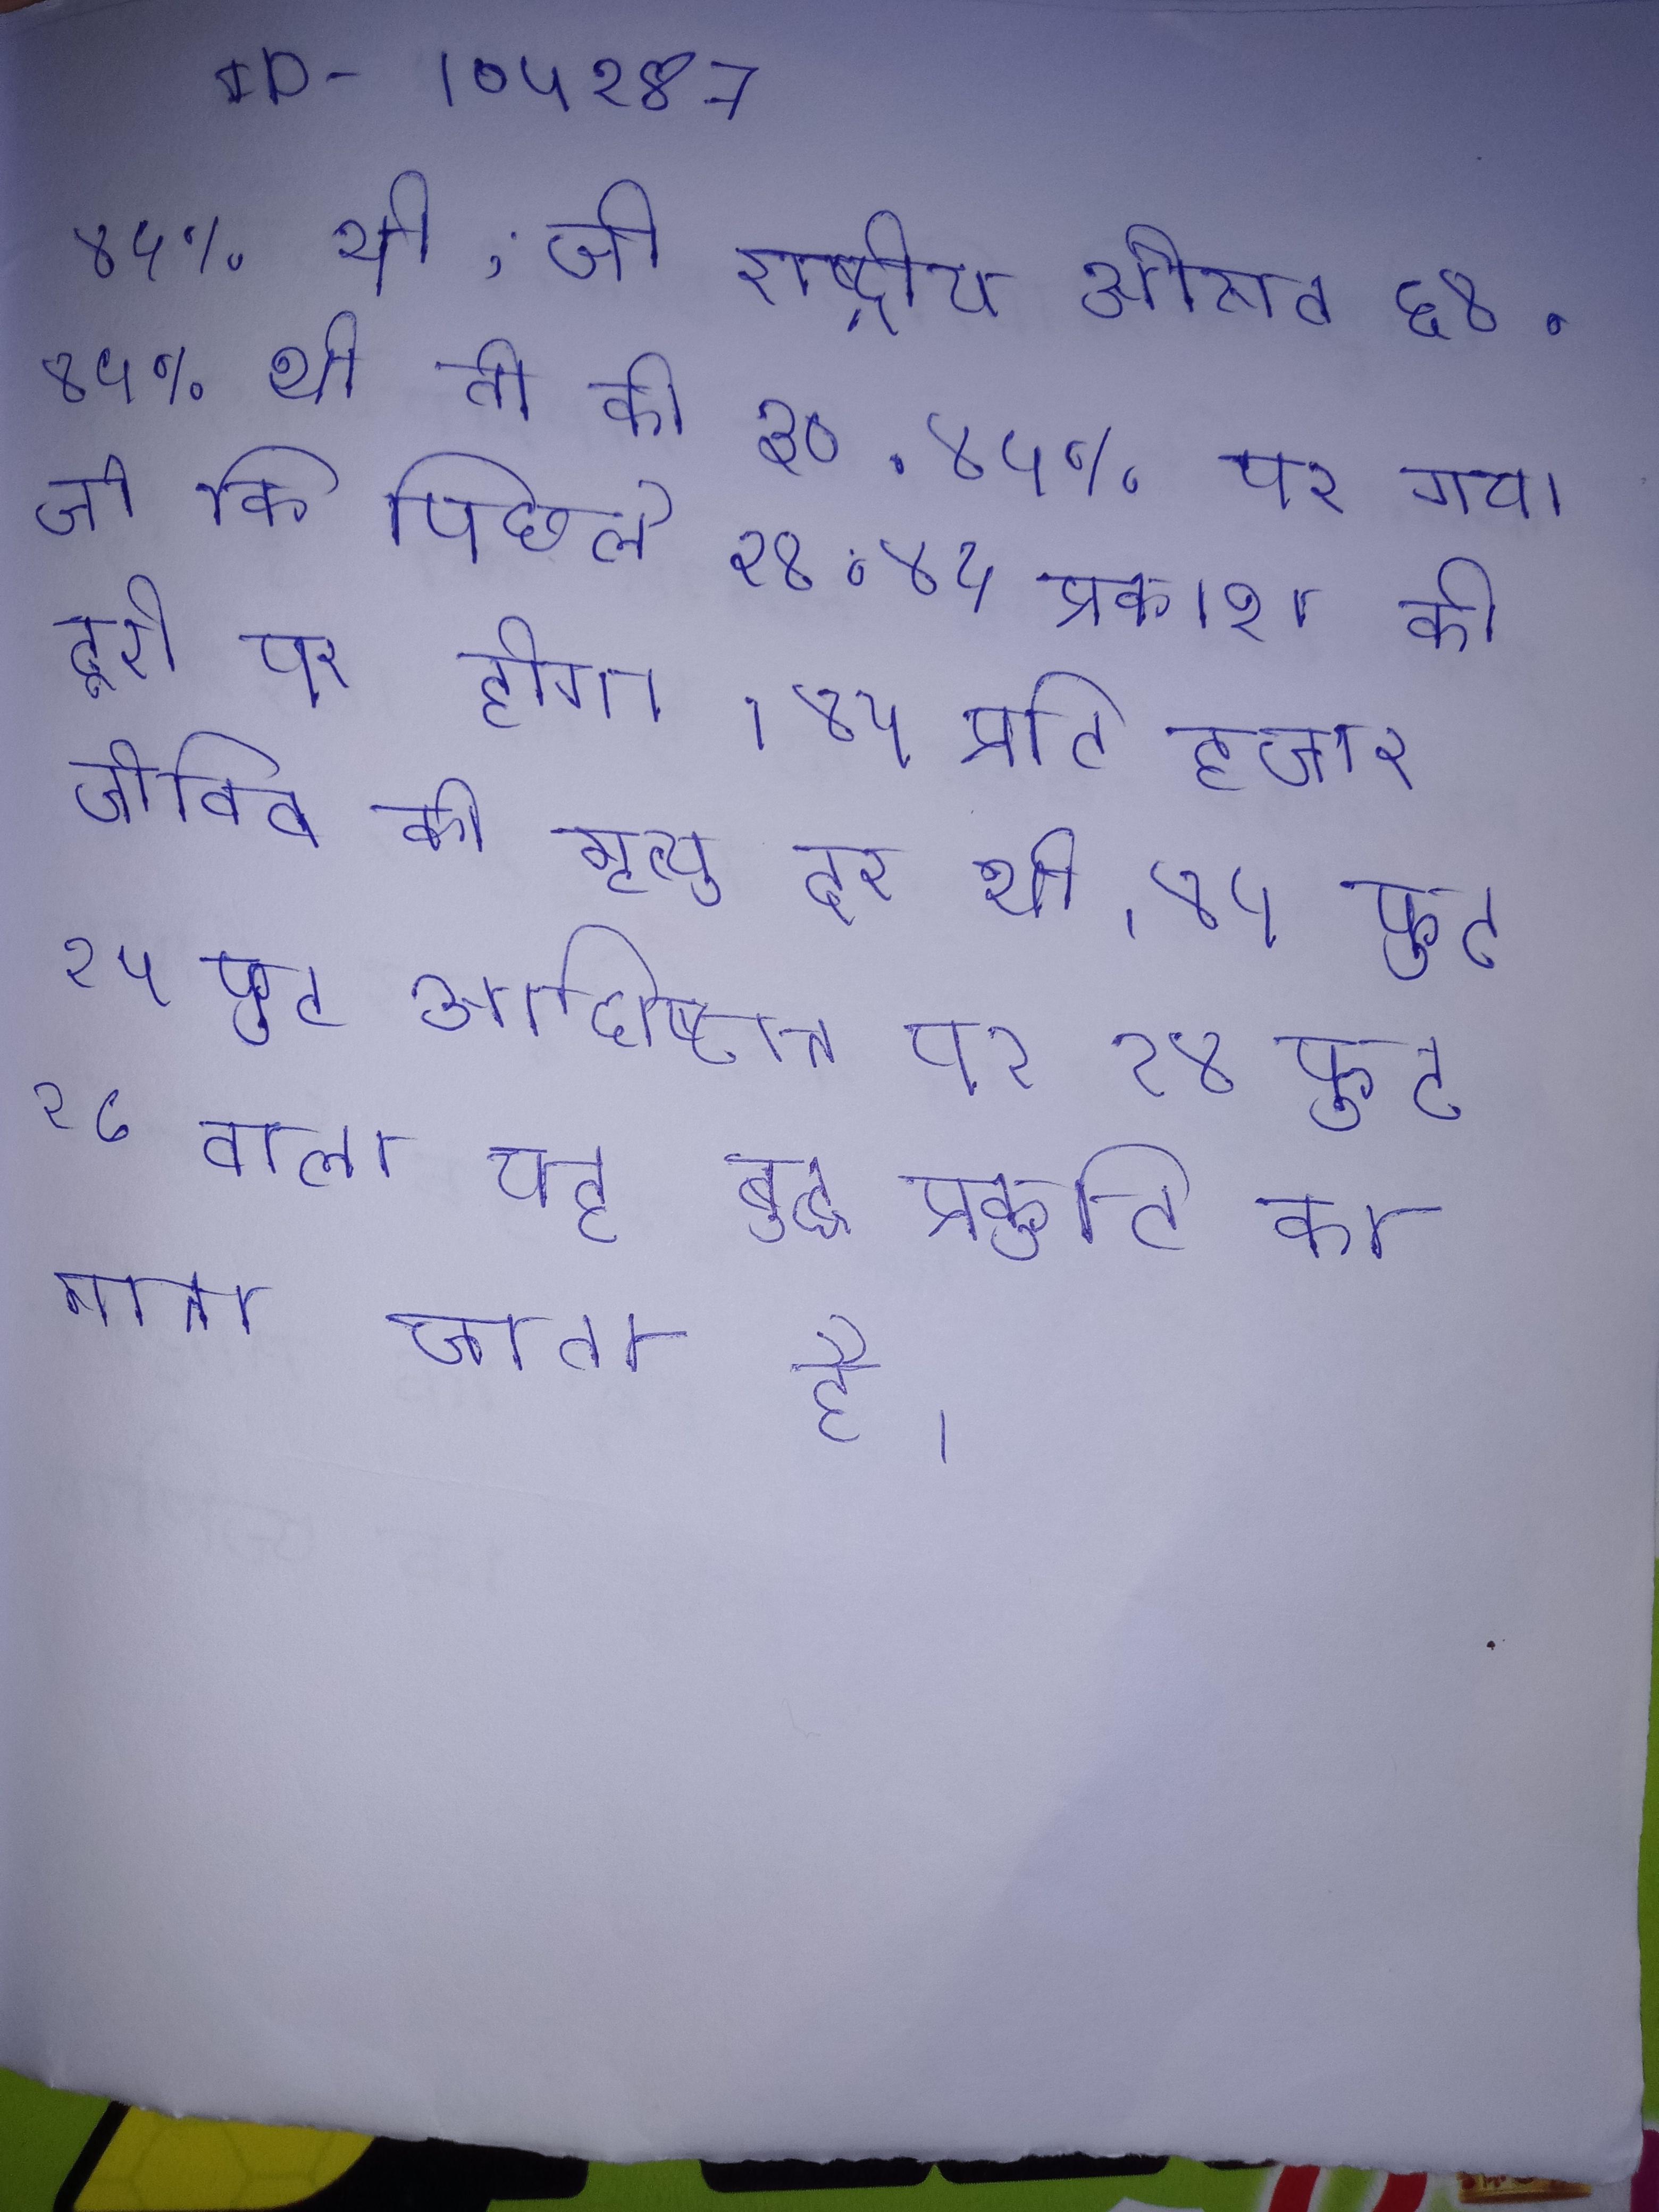
४५% थी, जो राष्ट्रीय औसत ६४ . ४५% थी तो की ३० . ४५% पर गया जो कि पिछले २४ . ४५ प्रकाश की दूरी पर होगा । ४५ प्रति हजार जीवित की मृत्यु दर थी । ४५ फुट २५ फुट अधिष्ठान पर १४ फुट १८ वाला यह बुद्ध प्रकृति का माना जाता है ।